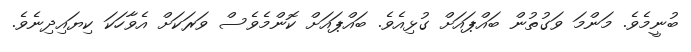
ބުނީމެވެ. މަންމަ ވަގުތުން ބައްޕައަށް ގުޅިއެވެ. ބައްޕައަށް ކޮންމެވެސް ވަރަކަށް އެވާހަކަ ކިޔައިދިނެވެ.